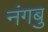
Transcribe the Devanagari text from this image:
नंगबु